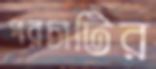
পরচাটির